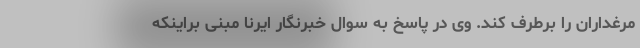
مرغداران را برطرف کند. وی در پاسخ به سوال خبرنگار ایرنا مبنی براینکه